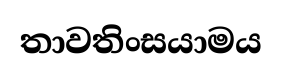
තාවතිංසයාමය